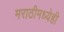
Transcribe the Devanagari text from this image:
मराठीमध्येही